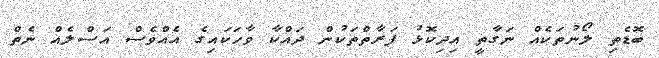
ބޮޑެތި ލޯނުތަކެއް ނަގާތީ އިދިކޮޅު ފަރާތްތަކުން ދައްކާ ވާހަކައިގެ އެއްވެސް އަސްލެއް ނެތް